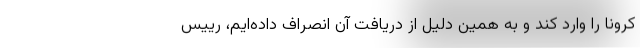
کرونا را وارد کند و به همین دلیل از دریافت آن انصراف داده‌ایم، رییس